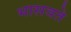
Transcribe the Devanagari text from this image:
भासवते